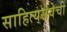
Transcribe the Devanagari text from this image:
साहित्यसेवेची